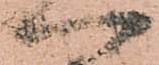
へ